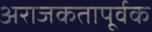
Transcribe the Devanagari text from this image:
अराजकतापूर्वक